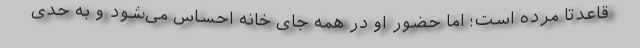
قاعدتا مرده است؛ اما حضور او در همه جای خانه احساس می‌شود و به حدی